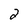
Character: 2